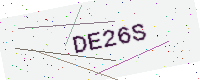
Text: DE26S